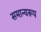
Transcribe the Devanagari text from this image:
समान्यरूप